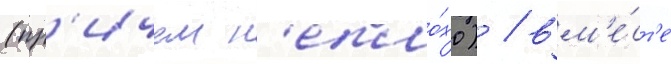
(пр'ичем н'епло́хо) / вм'е́ст'е